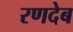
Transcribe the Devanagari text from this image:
रणदेब